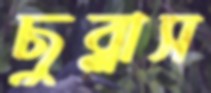
ছুব্‌লাস